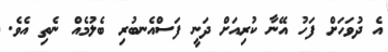
އެ ދުވަހަށް ފަހު އޭނާ ކުރިއަށް ދަނީ ފަސްއެނބުރި ބެލުމެއް ނެތި އެވެ.